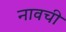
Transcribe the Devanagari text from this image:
नावची